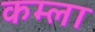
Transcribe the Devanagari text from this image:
कम्ला